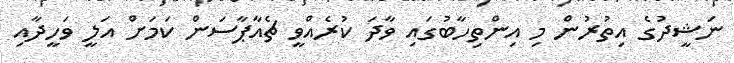
ނަޝީދުގެ އިތުރުން މި އިންތިހާބުގައި ވާދަ ކުރެއްވީ ޗެއާޕާސަން ކަމަށް އަލީ ވަހީދާއި